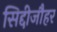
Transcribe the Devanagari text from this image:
सिद्दीजौहर